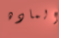
الماده